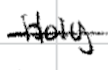
Text: Holy
Cross-out: single-line
Writing tool: digital_black